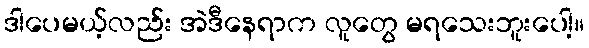
ဒါပေမယ့်လည်း အဲဒီနေရာက လူတွေ မရသေးဘူးပေါ့။